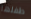
طفلها